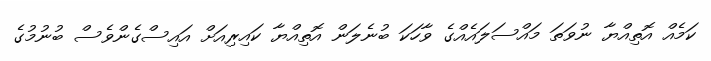
ކަމެއް އޮތިއްޔާ ނުވަތަ މައްސަލައެއްގެ ވާހަކަ ބުނެލަން އޮތިއްޔާ ކައިރިއަށް އައިސްގެންވެސް ބުނުމުގެ